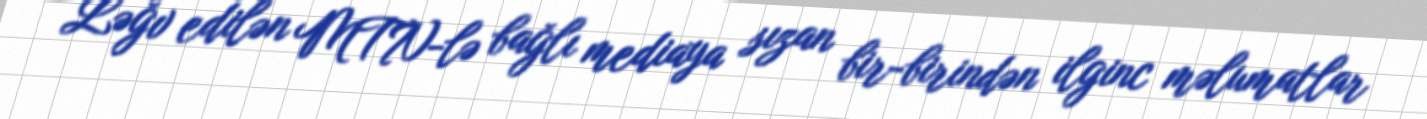
Ləğv edilən MTN-lə bağlı mediaya sızan bir-birindən ilginc məlumatlar